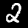
Digit: 2